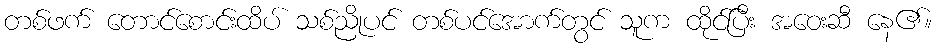
တစ်ဖက် တောင်စောင်းထိပ် သစ်ညိုပင် တစ်ပင်အောက်တွင် သူက ထိုင်ပြီး အဝေးဆီ နေ၏။